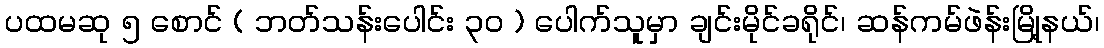
ပထမဆု ၅ စောင် ( ဘတ်သန်းပေါင်း ၃၀ ) ပေါက်သူမှာ ချင်းမိုင်ခရိုင်၊ ဆန်ကမ်ဖဲန်းမြို့နယ်၊